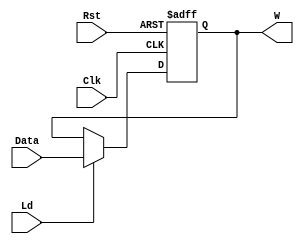
module Register_32b(input [31:0]Data,input Ld,Clk,Rst,output reg [31:0]W);
  always @(posedge Clk,posedge Rst) begin
    if (Rst) W<=32'h0;
    else if(Ld) W<=Data;
  end
endmodule




module Register_32b_Init(input [31:0]Data,input Ld,Init,Clk,Rst,output reg [31:0]W);
  always @(posedge Clk,posedge Rst) begin
    if (Rst) W<=32'h0;
    else if(Init) W<=32'h0;
    else if(Ld) W<=Data;
  end
endmodule



module Register_16b_Init(input [15:0]Data,input Ld,Init,Clk,Rst,output reg [15:0]W);
  always @(posedge Clk,posedge Rst) begin
    if (Rst) W<=16'h0;
    else if(Init) W<=16'h0;
    else if(Ld) W<=Data;
  end
endmodule



module Register_16b(input [15:0]Data,input Ld,Clk,Rst,output reg [15:0]W);
  always @(posedge Clk,posedge Rst) begin
    if (Rst) W<=16'h0;
    else if(Ld) W<=Data;
  end
endmodule



module Register_8b(input [7:0]Data,input Ld,Clk,Rst,output reg [7:0]W);
  always @(posedge Clk,posedge Rst) begin
    if (Rst) W<=8'h0;
    else if(Ld) W<=Data;
  end
endmodule




module Register_8b_Init(input [7:0]Data,input Ld,Init,Clk,Rst,output reg [7:0]W);
  always @(posedge Clk,posedge Rst) begin
    if (Rst) W<=8'h0;
    else if(Init) W<=8'h0;
    else if(Ld) W<=Data;
  end
endmodule



module Register_3b_Init(input [2:0]Data,input Ld,Init,Clk,Rst,output reg [2:0]W);
  always @(posedge Clk,posedge Rst) begin
    if (Rst) W<=3'h0;
    else if(Init) W<=3'h0;
    else if(Ld) W<=Data;
  end
endmodule



module Register_3b(input [2:0]Data,input Ld,Clk,Rst,output reg [2:0]W);
  always @(posedge Clk,posedge Rst) begin
    if (Rst) W<=3'h0;
    else if(Ld) W<=Data;
  end
endmodule



module Register_2b(input [1:0]Data,input Ld,Clk,Rst,output reg [1:0]W);
  always @(posedge Clk,posedge Rst) begin
    if (Rst) W<=2'h0;
    else if(Ld) W<=Data;
  end
endmodule



module Register_1b(input Data,input Ld,Clk,Rst,output reg W);
  always @(posedge Clk,posedge Rst) begin
    if (Rst) W<=1'h0;
    else if(Ld) W<=Data;
  end
endmodule




module Register_1b_Init(input Data,input Ld,Init,Clk,Rst,output reg W);
  always @(posedge Clk,posedge Rst) begin
    if (Rst) W<=1'h0;
    else if(Init) W<=1'h0;
    else if(Ld) W<=Data;
  end
endmodule